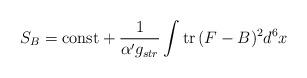
LaTeX: \begin{align*}S_B=\mbox{const}+ {1\over \alpha' g_{str}}\int \mbox{tr}\, (F-B)^2 d^6x\end{align*}